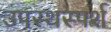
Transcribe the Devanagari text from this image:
उपस्थस्पर्श